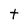
Character: t